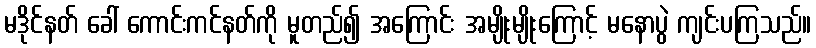
မဒိုင်နတ် ခေါ် ကောင်းကင်နတ်ကို မူတည်၍ အကြောင်း အမျိုးမျိုးကြောင့် မနောပွဲ ကျင်းပကြသည်။